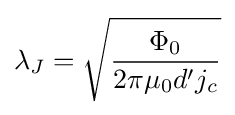
\lambda _{J}={\sqrt {\frac {\Phi _{0}}{2\pi \mu _{0}d'j_{c}}}}